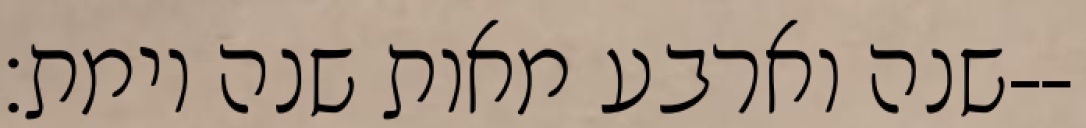
שנה וארבע מאות שנה וימת׃--